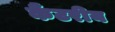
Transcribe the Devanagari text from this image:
कैंटरीय